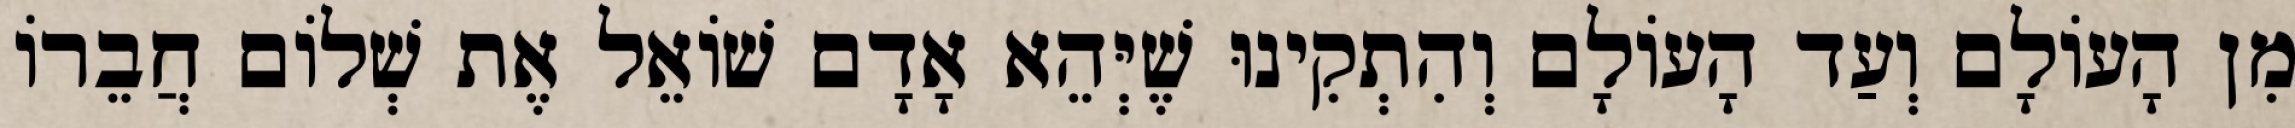
מִן הָעוֹלָם וְעַד הָעוֹלָם וְהִתְקִינוּ שֶׁיְּהֵא אָדָם שׁוֹאֵל אֶת שְׁלוֹם חֲבֵרוֹ